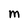
Character: M